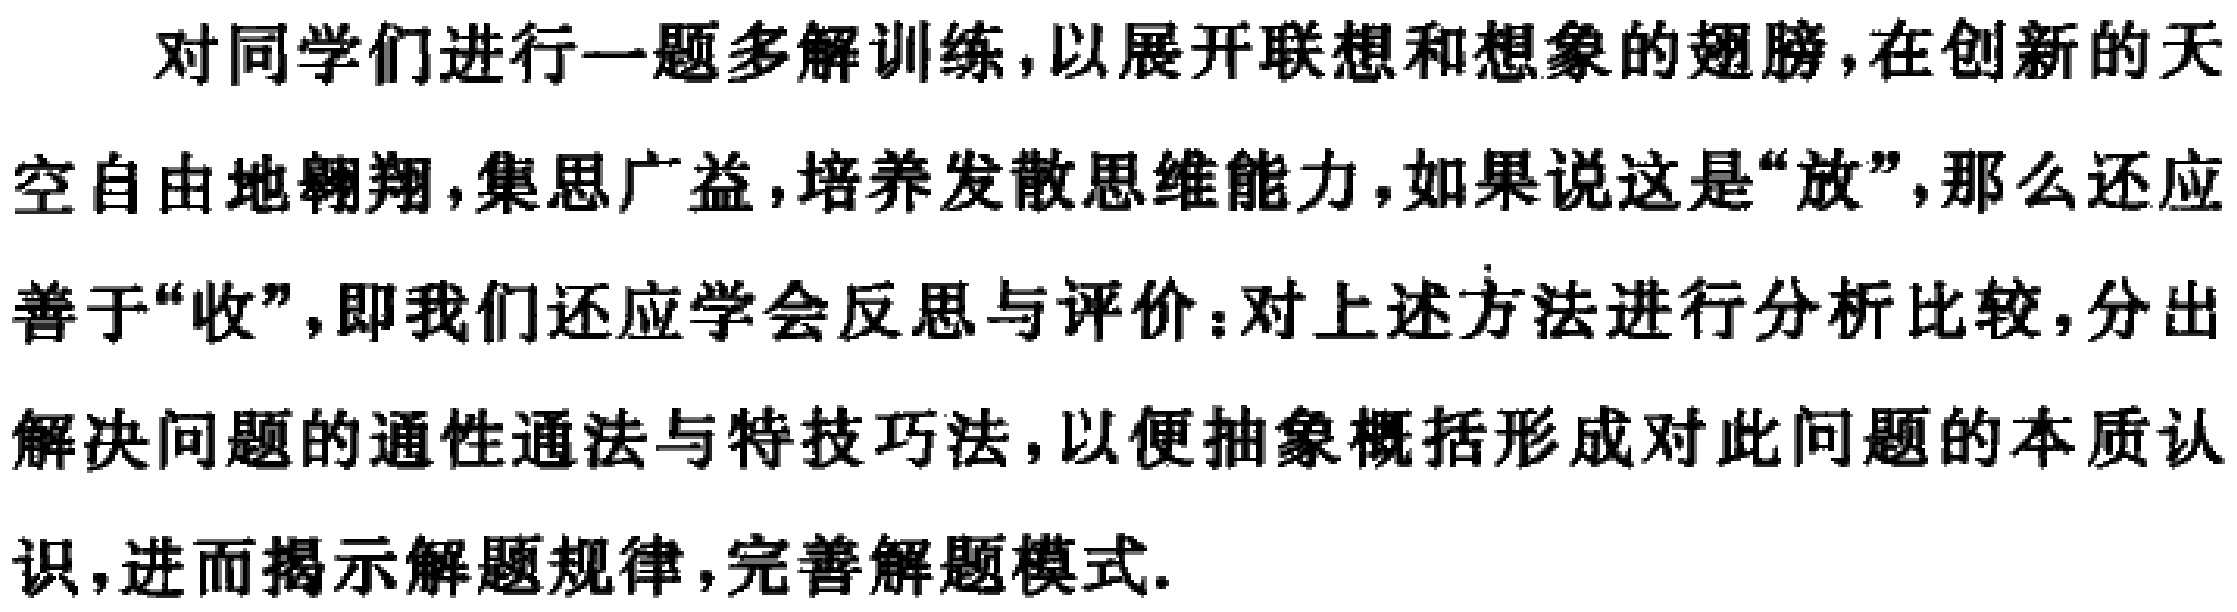
对同学们进行一题多解训练，以展开联想和想象的翅膀，在创新的天空自由地翱翔，集思广益，培养发散思维能力，如果说这是“放”，那么还应善于“收”，即我们还应学会反思与评价：对上述方法进行分析比较，分出解决问题的通性通法与特技巧法，以便抽象概括形成对此问题的本质认识，进而揭示解题规律，完善解题模式.